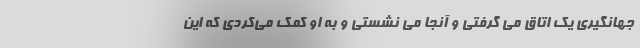
جهانگیری یک اتاق می گرفتی و آنجا می نشستی و به او کمک می‌کردی که این